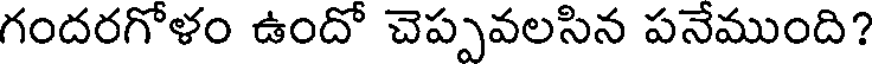
గందరగోళం ఉందో చెప్పవలసిన పనేముంది?